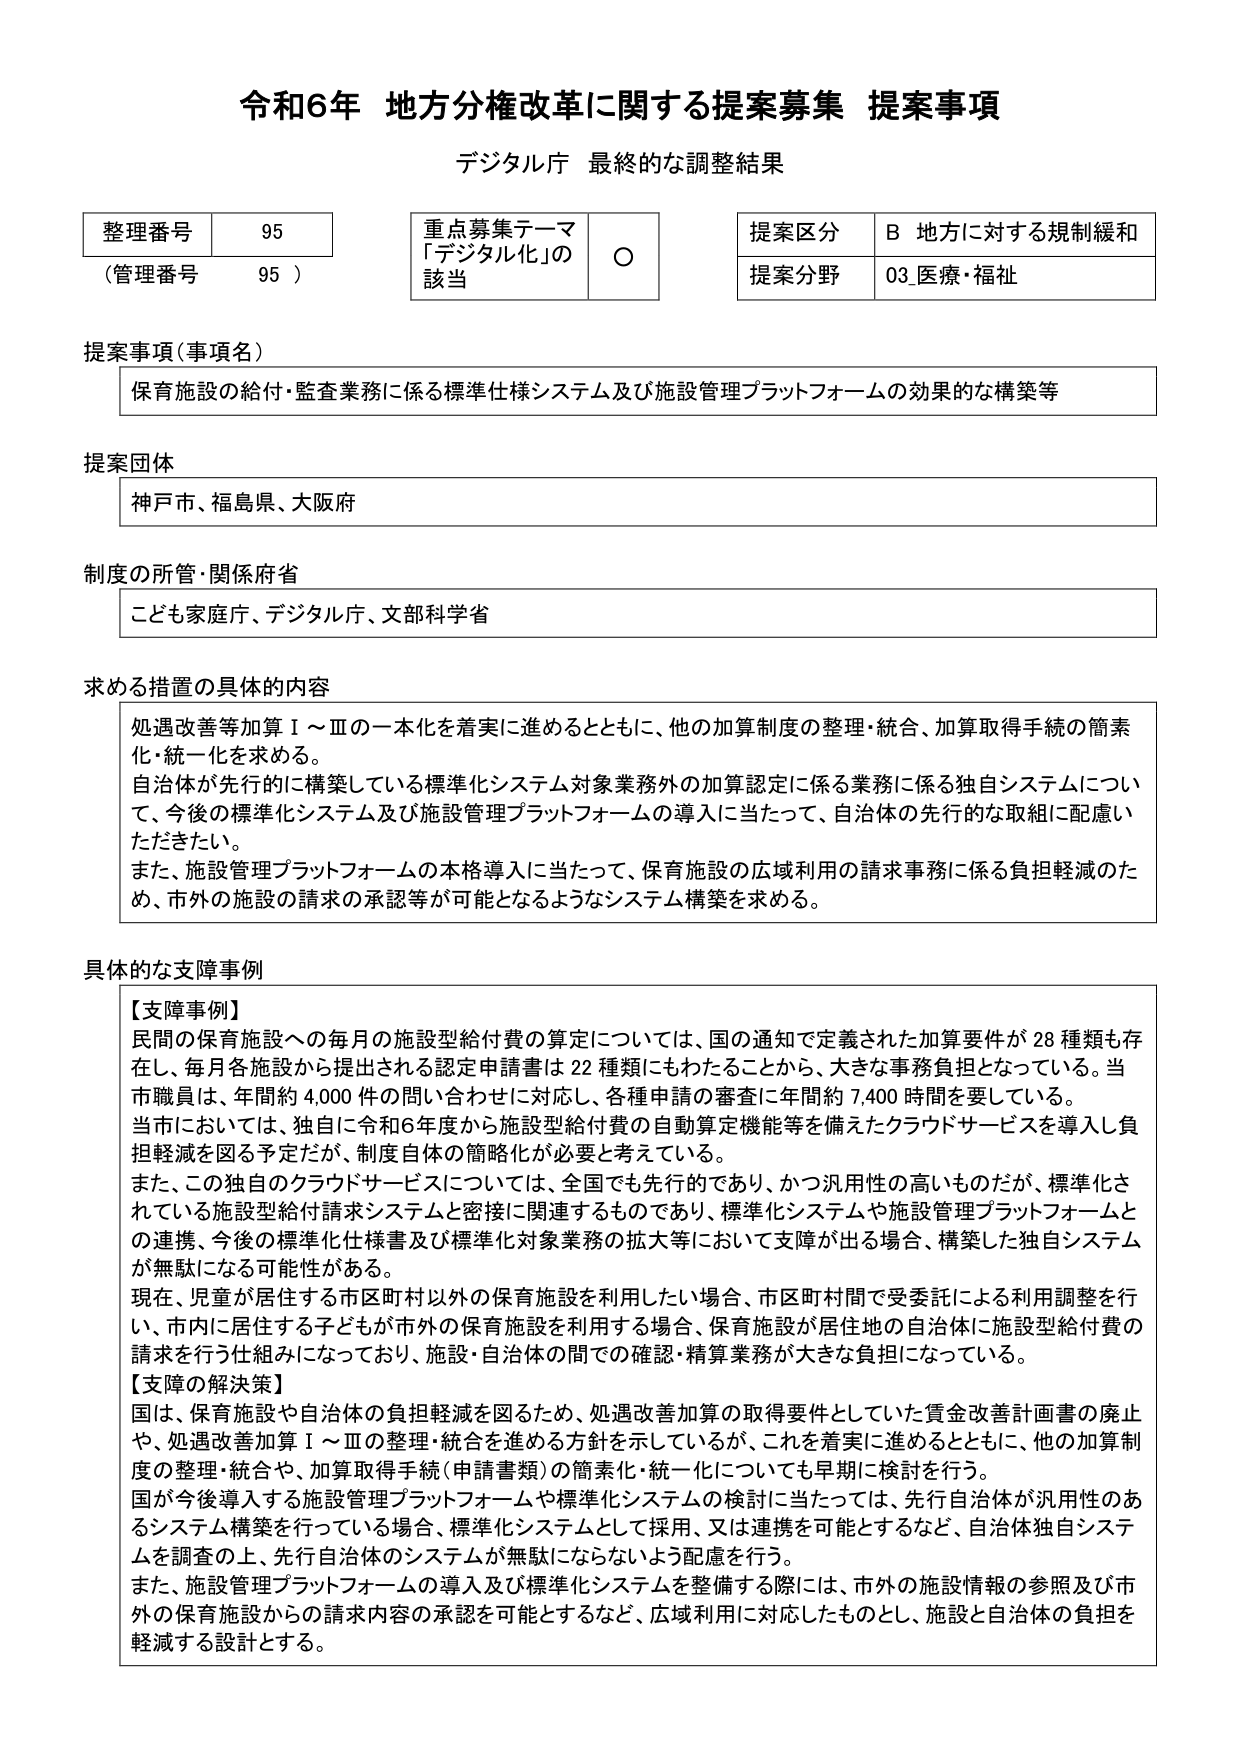
令和6年 地方分権改革に関する提案募集 提案事項
デジタル庁 最終的な調整結果

整理番号 95
（管理番号 95）

重点募集テーマ
「デジタル化」の該当 ○

提案区分 B 地方に対する規制緩和
提案分野 03 医療・福祉

提案事項（事項名）
保育施設の給付・監査業務に係る標準仕様システム及び施設管理プラットフォームの効果的な構築等

提案団体
神戸市、福島県、大阪府

制度の所管・関係府省
こども家庭庁、デジタル庁、文部科学省

求める措置の具体的内容
処遇改善等加算Ⅰ～Ⅲの一本化を着実に進めるとともに、他の加算制度の整理・統合、加算取得手続の簡素化・統一化を求める。
自治体が先行的に構築している標準化システム対象業務外の加算認定に係る業務に係る独自システムについて、今後の標準化システム及び施設管理プラットフォームの導入に当たって、自治体の先行的な取組に配慮いただきたい。
また、施設管理プラットフォームの本格導入に当たって、保育施設の広域利用の請求事務に係る負担軽減のため、市外の施設の請求の承認等が可能となるようなシステム構築を求める。

具体的な支障事例
【支障事例】
民間の保育施設への毎月の施設型給付費の算定については、国の通知で定義された加算要件が28種類も存在し、毎月各施設から提出される認定申請書は22種類にもわたることから、大きな事務負担となっている。当市職員は、年間約4,000件の問い合わせに対応し、各種申請の審査に年間約7,400時間を要している。
当市においては、独自に令和6年度から施設型給付費の自動算定機能等を備えたクラウドサービスを導入し負担軽減を図る予定だが、制度自体の簡略化が必要と考えている。
また、この独自のクラウドサービスについては、全国でも先行的であり、かつ汎用性の高いものだが、標準化されている施設型給付請求システムと密接に関連するものであり、標準化システムや施設管理プラットフォームとの連携、今後の標準化仕様書及び標準化対象業務の拡大等において支障が出る場合、構築した独自システムが無駄になる可能性がある。
現在、児童が居住する市区町村以外の保育施設を利用したい場合、市区町村間で受委託による利用調整を行い、市内に居住する子どもが市外の保育施設を利用する場合、保育施設が居住地の自治体に施設型給付費の請求を行う仕組みになっており、施設・自治体の間での確認・精算業務が大きな負担になっている。
【支障の解決策】
国は、保育施設や自治体の負担軽減を図るため、処遇改善加算の取得要件としていた賃金改善計画書の廃止や、処遇改善加算Ⅰ～Ⅲの整理・統合を進める方針を示しているが、これを着実に進めるとともに、他の加算制度の整理・統合や、加算取得手続（申請書類）の簡素化・統一化についても早期に検討を行う。
国が今後導入する施設管理プラットフォームや標準化システムの検討に当たっては、先行自治体が汎用性のあるシステム構築を行っている場合、標準化システムとして採用、又は連携を可能とするなど、自治体独自システムを調査の上、先行自治体のシステムが無駄にならないよう配慮を行う。
また、施設管理プラットフォームの導入及び標準化システムを整備する際には、市外の施設情報の参照及び市外の保育施設からの請求内容の承認を可能とするなど、広域利用に対応したものとし、施設と自治体の負担を軽減する設計とする。